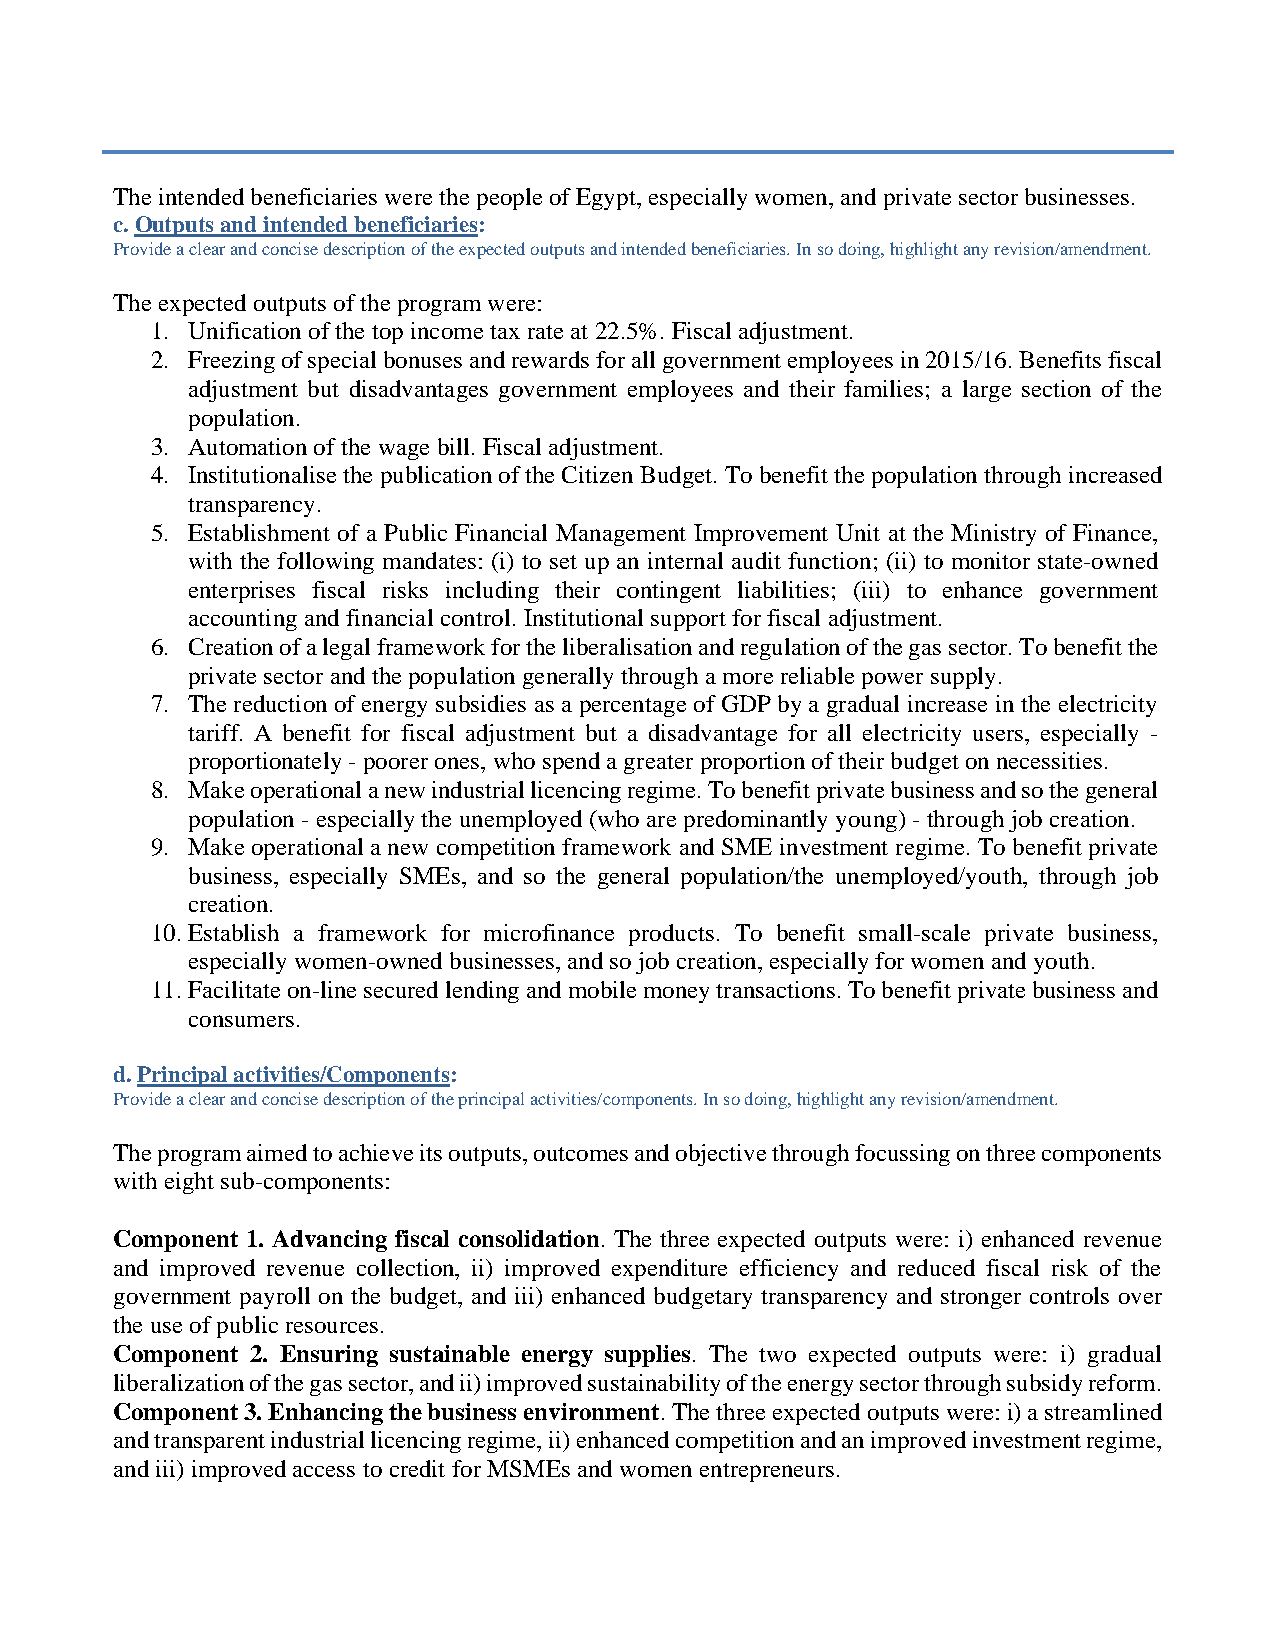
The intended beneficiaries were the people of Egypt, especially women, and private sector businesses.
 c. Outputs and intended beneficiaries:
 Provide a clear and concise description of the expected outputs and intended beneficiaries. In so doing, highlight any revision/amendment.
 The expected outputs of the program were:
 1. Unification of the top income tax rate at 22.5%. Fiscal adjustment.
 2. Freezing of special bonuses and rewards for all government employees in 2015/16. Benefits fiscal
 adjustment but disadvantages government employees and their families; a large section of the
 population.
 3. Automation of the wage bill. Fiscal adjustment.
 4. Institutionalise the publication of the Citizen Budget. To benefit the population through increased
 transparency.
 5. Establishment of a Public Financial Management Improvement Unit at the Ministry of Finance,
 with the following mandates: (i) to set up an internal audit function; (ii) to monitor state-owned
 enterprises fiscal risks including their contingent liabilities; (iii) to enhance government
 accounting and financial control. Institutional support for fiscal adjustment.
 6. Creation of a legal framework for the liberalisation and regulation of the gas sector. To benefit the
 private sector and the population generally through a more reliable power supply.
 7. The reduction of energy subsidies as a percentage of GDP by a gradual increase in the electricity
 tariff. A benefit for fiscal adjustment but a disadvantage for all electricity users, especially -
 proportionately - poorer ones, who spend a greater proportion of their budget on necessities.
 8. Make operational a new industrial licencing regime. To benefit private business and so the general
 population - especially the unemployed (who are predominantly young) - through job creation.
 9. Make operational a new competition framework and SME investment regime. To benefit private
 business, especially SMEs, and so the general population/the unemployed/youth, through job
 creation.
 10. Establish a framework for microfinance products. To benefit small-scale private business,
 especially women-owned businesses, and so job creation, especially for women and youth.
 11. Facilitate on-line secured lending and mobile money transactions. To benefit private business and
 consumers.
 d. Principal activities/Components:
 Provide a clear and concise description of the principal activities/components. In so doing, highlight any revision/amendment.
 The program aimed to achieve its outputs, outcomes and objective through focussing on three components
 with eight sub-components:
 Component 1. Advancing fiscal consolidation. The three expected outputs were: i) enhanced revenue
 and improved revenue collection, ii) improved expenditure efficiency and reduced fiscal risk of the
 government payroll on the budget, and iii) enhanced budgetary transparency and stronger controls over
 the use of public resources.
 Component 2. Ensuring sustainable energy supplies. The two expected outputs were: i) gradual
 liberalization of the gas sector, and ii) improved sustainability of the energy sector through subsidy reform.
 Component 3. Enhancing the business environment. The three expected outputs were: i) a streamlined
 and transparent industrial licencing regime, ii) enhanced competition and an improved investment regime,
 and iii) improved access to credit for MSMEs and women entrepreneurs.